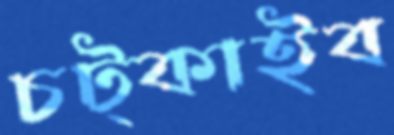
চট্‌কাইব